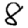
Digit: 8